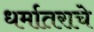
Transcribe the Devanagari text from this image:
धर्मातराचे